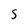
Character: s